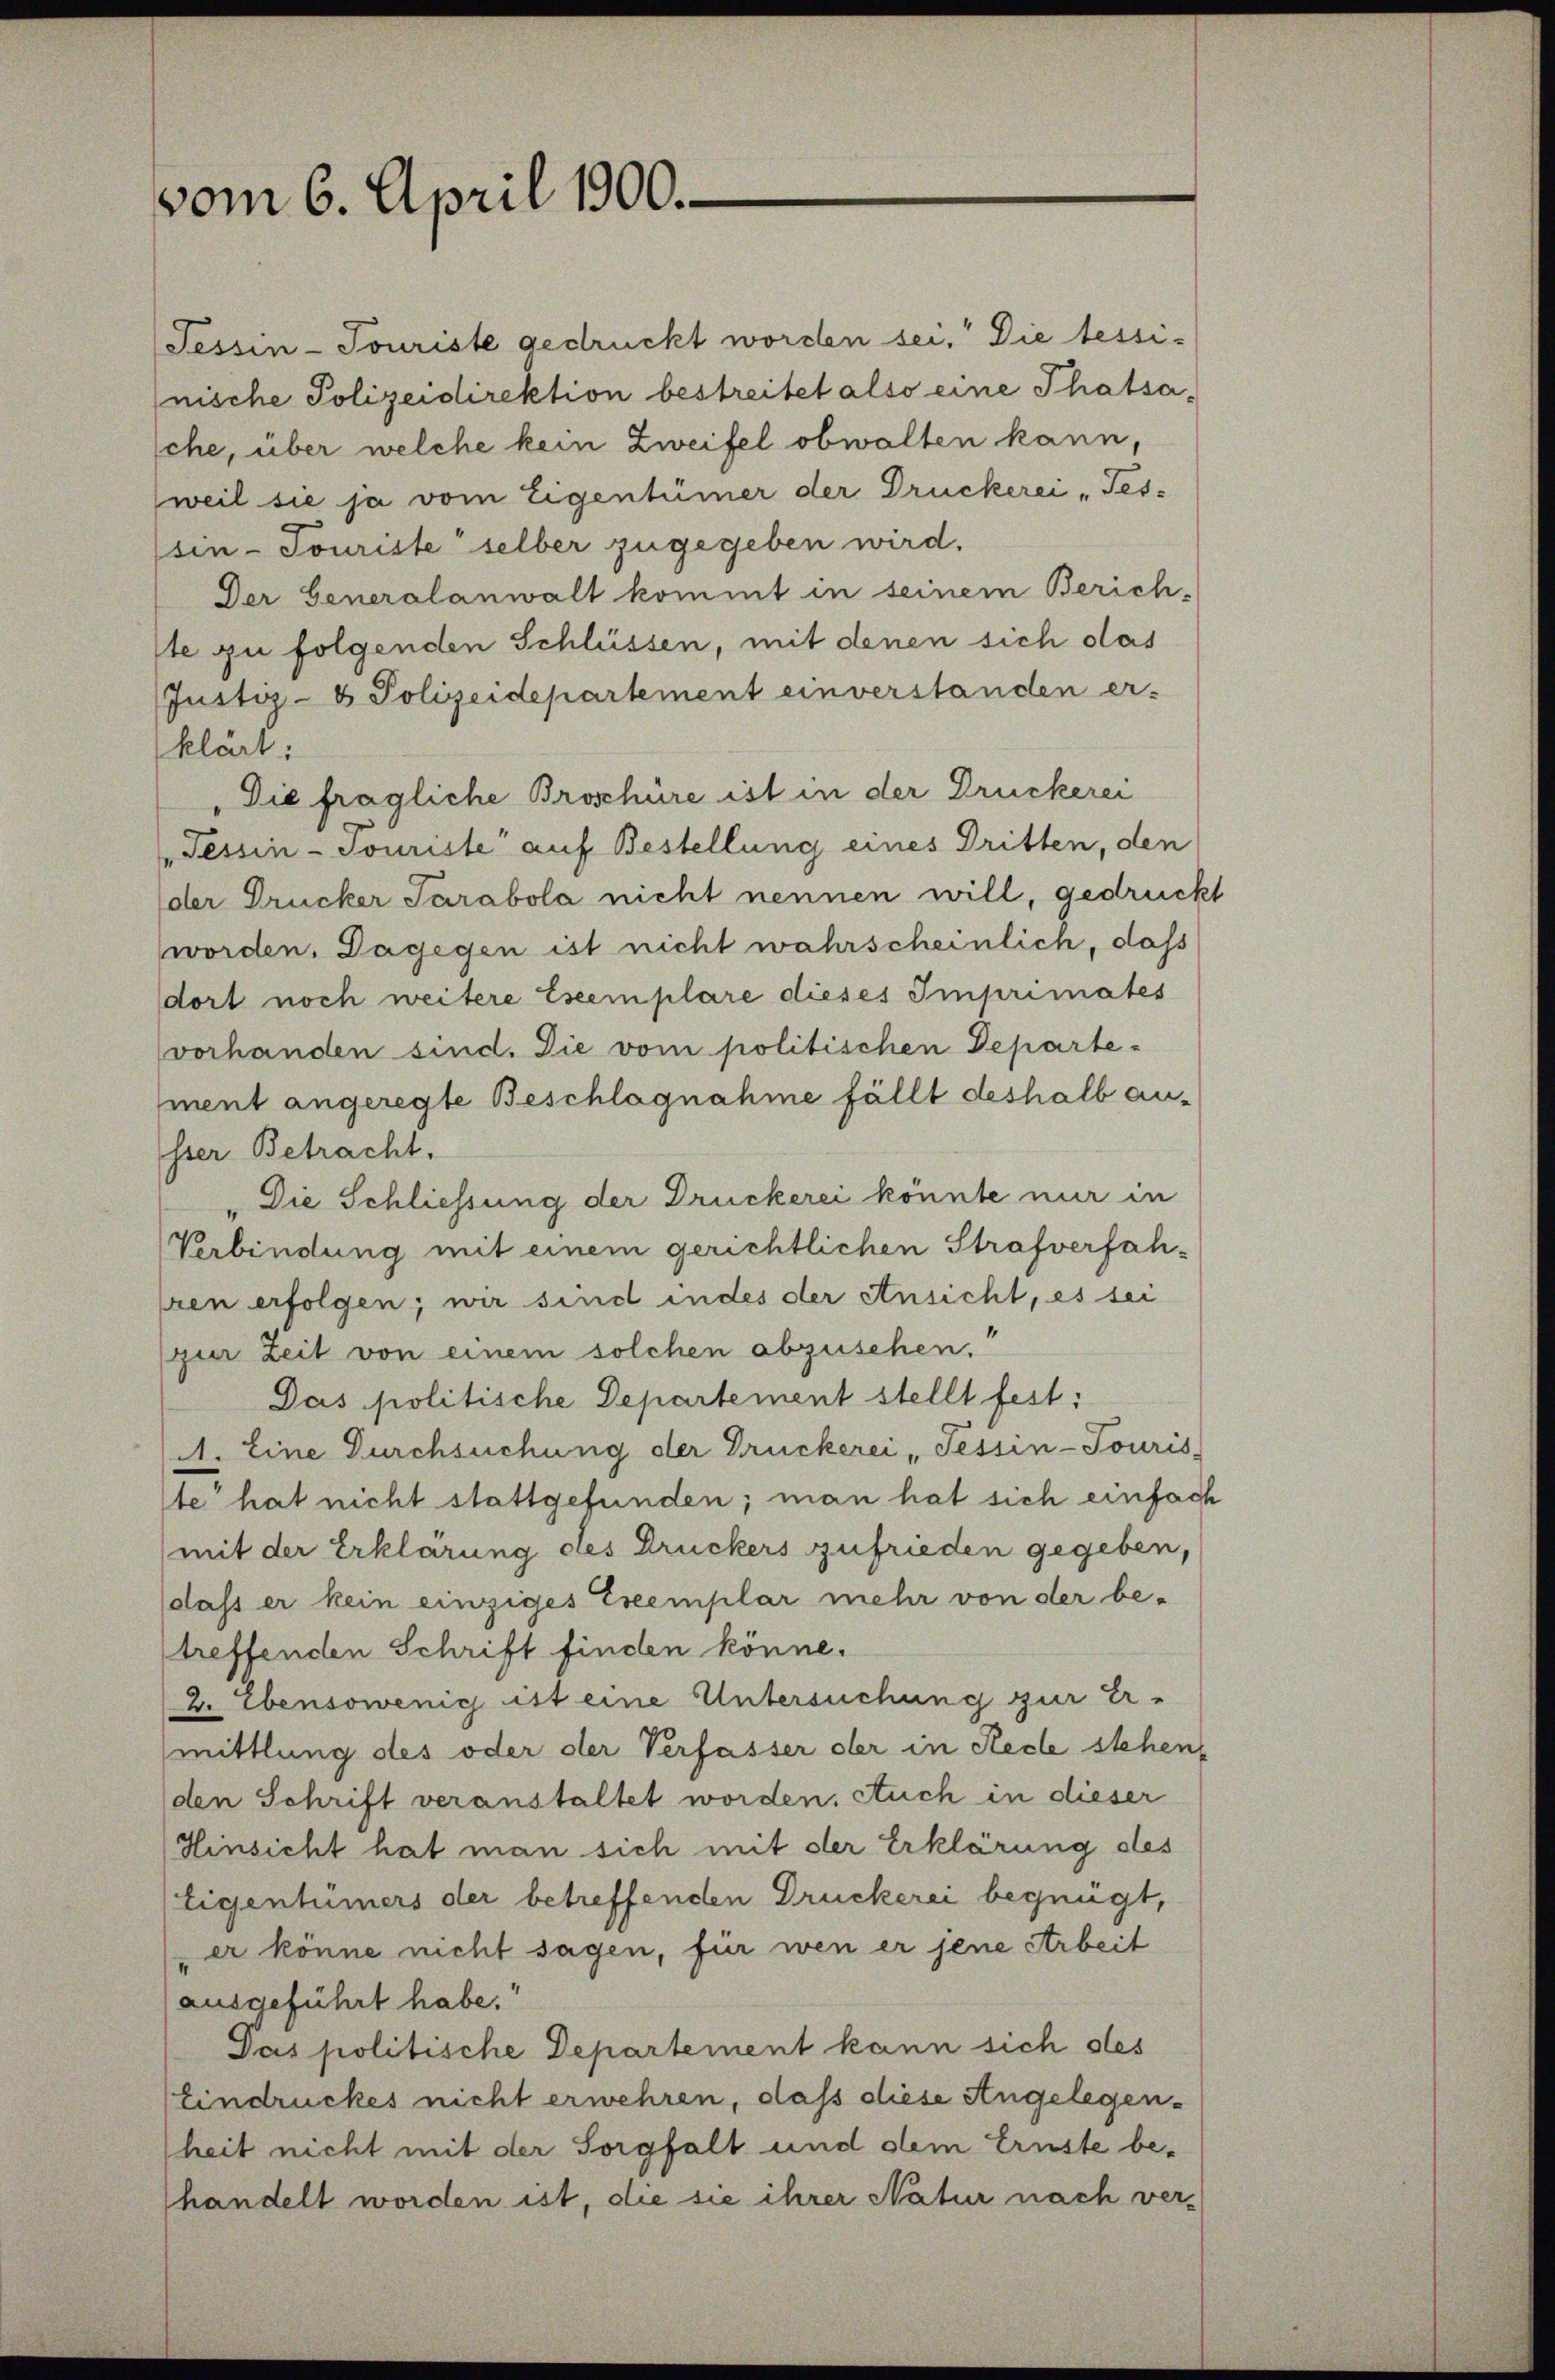
vom 6. April 1900.

Tessin-Touriste gedruckt worden sei. Die tessi-
nische Polizeidirektion bestreitet also eine Thatsache, über welche kein Zweifel obwalten kann,
weil sie ja vom Eigentümer der Druckerei Tes-
sin-Touriste selber zugegeben wird.
Der Generalanwalt kommt in seinem Zürich-
ste zu folgenden Schlüssen, mit denen sich das
Justiz- & Polizeidepartement einverstanden er-
klärt:
Die fragliche Broschüre ist in der Druckerei
Tessin-Touriste auf Bestellung eines Dritten, den
der Drucker Sarabola nicht nennen will, gedruckt
worden. Dagegen ist nicht wahrscheinlich, dass
dort noch weitere Eseemplare dieses Imprimates
vorhanden sind. Die vom politischen Departement angeregte Beschlagnahme fällt deshalb an-
sser Betracht.
Die Schliessung der Druckerei könnte nur in
Verbindung mit einem gerichtlichen Strafverfahren erfolgen; wir sind indes der Ansicht, es sei
(zur Zeit von einem solchen abzusehen.
Das politische Departement stellt fest:
A. Eine Durchsuchung der Druckerei Tessin-Touris
te“ hat nicht stattgefunden; man hat sich einfach
mit der Erklärung des Druckers zufrieden gegeben,
dass er kein einziges Exemplar mehr von der be-
treffenden Schrift finden könne.
2. Ebensowenig ist eine Untersuchung zur Er-
mittlung des oder der Verfasser der in Recle stehen,
(den Schrift veranstaltet worden. Auch in dieser
Hinsicht hat man sich mit der Erklärung des
Eigentümers der betreffenden Druckerei begnügt,
er könne nicht sagen, für wen er jene Arbeit
ausgeführt habe.
Pas politische Departement kann sich des
Eindruckes nicht erwehren, daß diese Angelegenheit nicht mit der Sorgfalt und dem Ernste behandelt worden ist, die sie ihrer Natur nach ver¬